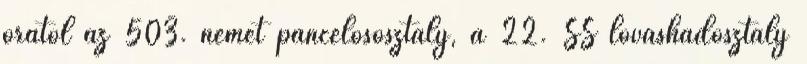
órától az 503. német páncélososztály, a 22. SS lovashadosztály